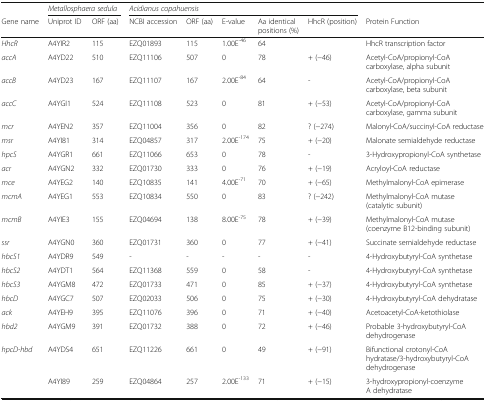
<table><thead><tr><td></td><td colspan="2"><b><i>Metallosphaera sedula</i></b></td><td colspan="5"><b><i>Acidianus copahuensis</i></b></td><td></td></tr><tr><td><b>Gene name</b></td><td><b>Uniprot ID</b></td><td><b>ORF (aa)</b></td><td><b>NCBI accession</b></td><td><b>ORF (aa)</b></td><td><b>E-value</b></td><td><b>Aa identical positions (%)</b></td><td><b>HhcR (position)</b></td><td><b>Protein Function</b></td></tr></thead><tbody><tr><td><i>HhcR</i></td><td>A4YIR2</td><td>115</td><td>EZQ01893</td><td>115</td><td>1.00E<sup>-46</sup></td><td>64</td><td></td><td>HhcR transcription factor</td></tr><tr><td><i>accA</i></td><td>A4YD22</td><td>510</td><td>EZQ11106</td><td>507</td><td>0</td><td>78</td><td>+ (−46)</td><td>Acetyl-CoA/propionyl-CoA carboxylase, alpha subunit</td></tr><tr><td><i>accB</i></td><td>A4YD23</td><td>167</td><td>EZQ11107</td><td>167</td><td>2.00E<sup>-84</sup></td><td>64</td><td>-</td><td>Acetyl-CoA/propionyl-CoA carboxylase, beta subunit</td></tr><tr><td><i>accC</i></td><td>A4YGI1</td><td>524</td><td>EZQ11108</td><td>523</td><td>0</td><td>81</td><td>+ (−53)</td><td>Acetyl-CoA/propionyl-CoA carboxylase, gamma subunit</td></tr><tr><td><i>mcr</i></td><td>A4YEN2</td><td>357</td><td>EZQ11004</td><td>356</td><td>0</td><td>82</td><td>? (−274)</td><td>Malonyl-CoA/succinyl-CoA reductase</td></tr><tr><td><i>msr</i></td><td>A4YI81</td><td>314</td><td>EZQ04857</td><td>317</td><td>2.00E<sup>-174</sup></td><td>75</td><td>+ (−20)</td><td>Malonate semialdehyde reductase</td></tr><tr><td><i>hpcS</i></td><td>A4YGR1</td><td>661</td><td>EZQ11066</td><td>653</td><td>0</td><td>78</td><td>-</td><td>3-Hydroxypropionyl-CoA synthetase</td></tr><tr><td><i>acr</i></td><td>A4YGN2</td><td>332</td><td>EZQ01730</td><td>333</td><td>0</td><td>76</td><td>+ (−19)</td><td>Acryloyl-CoA reductase</td></tr><tr><td><i>mce</i></td><td>A4YEG2</td><td>140</td><td>EZQ10835</td><td>141</td><td>4.00E<sup>-71</sup></td><td>70</td><td>+ (−65)</td><td>Methylmalonyl-CoA epimerase</td></tr><tr><td><i>mcmA</i></td><td>A4YEG1</td><td>553</td><td>EZQ10834</td><td>550</td><td>0</td><td>83</td><td>? (−242)</td><td>Methylmalonyl-CoA mutase (catalytic subunit)</td></tr><tr><td><i>mcmB</i></td><td>A4YIE3</td><td>155</td><td>EZQ04694</td><td>138</td><td>8.00E<sup>-75</sup></td><td>78</td><td>+ (−39)</td><td>Methylmalonyl-CoA mutase (coenzyme B12-binding subunit)</td></tr><tr><td><i>ssr</i></td><td>A4YGN0</td><td>360</td><td>EZQ01731</td><td>360</td><td>0</td><td>77</td><td>+ (−41)</td><td>Succinate semialdehyde reductase</td></tr><tr><td><i>hbcS1</i></td><td>A4YDR9</td><td>549</td><td>-</td><td>-</td><td>-</td><td>-</td><td>-</td><td>4-Hydroxybutyryl-CoA synthetase</td></tr><tr><td><i>hbcS2</i></td><td>A4YDT1</td><td>564</td><td>EZQ11368</td><td>559</td><td>0</td><td>58</td><td>-</td><td>4-Hydroxybutyryl-CoA synthetase</td></tr><tr><td><i>hbcS3</i></td><td>A4YGM8</td><td>472</td><td>EZQ01733</td><td>471</td><td>0</td><td>85</td><td>+ (−37)</td><td>4-Hydroxybutyryl-CoA synthetase</td></tr><tr><td><i>hbcD</i></td><td>A4YGC7</td><td>507</td><td>EZQ02033</td><td>506</td><td>0</td><td>75</td><td>+ (−30)</td><td>4-Hydroxybutyryl-CoA dehydratase</td></tr><tr><td><i>ack</i></td><td>A4YEH9</td><td>395</td><td>EZQ11076</td><td>396</td><td>0</td><td>71</td><td>+ (−40)</td><td>Acetoacetyl-CoA-ketothiolase</td></tr><tr><td><i>hbd2</i></td><td>A4YGM9</td><td>391</td><td>EZQ01732</td><td>388</td><td>0</td><td>72</td><td>+ (−46)</td><td>Probable 3-hydroxybutyryl-CoA dehydrogenase</td></tr><tr><td><i>hpcD-hbd</i></td><td>A4YDS4</td><td>651</td><td>EZQ11226</td><td>661</td><td>0</td><td>49</td><td>+ (−91)</td><td>Bifunctional crotonyl-CoA hydratase/3-hydroxybutyryl-CoA dehydrogenase</td></tr><tr><td></td><td>A4YI89</td><td>259</td><td>EZQ04864</td><td>257</td><td>2.00E<sup>-133</sup></td><td>71</td><td>+ (−15)</td><td>3-hydroxypropionyl-coenzyme A dehydratase</td></tr></tbody></table>